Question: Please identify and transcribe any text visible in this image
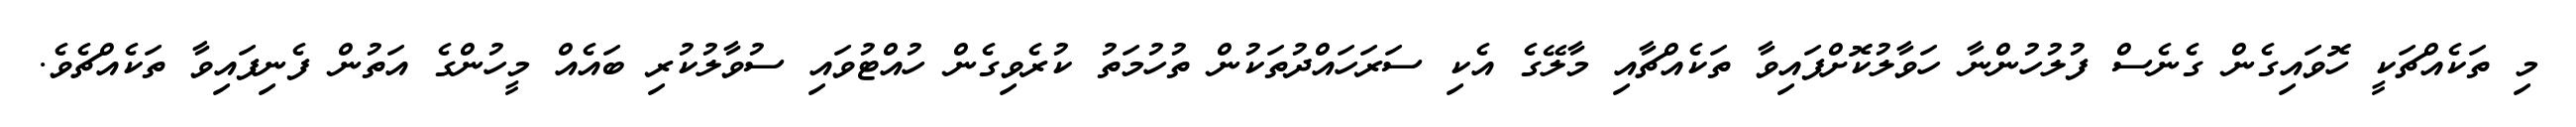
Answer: މި ތަކެއްޗަކީ ހޮވައިގެން ގެނެސް ފުލުހުންނާ ހަވާލުކޮށްފައިވާ ތަކެއްޗާއި މާލޭގެ އެކި ސަރަހައްދުތަކުން ތުހުމަތު ކުރެވިގެން ހުއްޓުވައި ސުވާލުކުރި ބައެއް މީހުންގެ އަތުން ފެނިފައިވާ ތަކެއްޗެވެ.